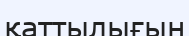
қаттылығын